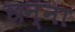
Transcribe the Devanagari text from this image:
छन्ना